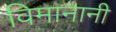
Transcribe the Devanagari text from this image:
विमानानी